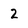
Character: 2